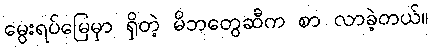
မွေးရပ်မြေမှာ ရှိတဲ့ မိဘတွေဆီက စာ လာခဲ့တယ်။